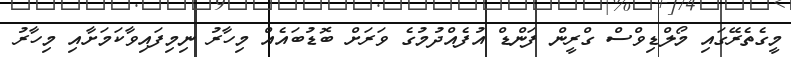
މީގެތެރޭގައި މޯލްޑިވްސް ގްރީން ފަންޑް އުފެއްދުމުގެ ވަރަށް ބޮޑުބައެއް މިހާރު ނިމިފައިވާކަމަށާއި މިހާރު